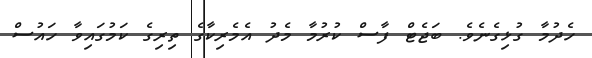
ހެދުމާ ގުޅިގެނެވެ. ބަޖެޓް ފާސް ކުރުމާ މެދު އެމެރިކާގެ ތިރިގެ ކަމުގައިވާ ހައުސް